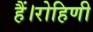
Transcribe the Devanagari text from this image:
हैं।रोहिणी